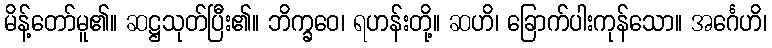
မိန့်တော်မူ၏။ ဆဋ္ဌသုတ်ပြီး၏။ ဘိက္ခဝေ၊ ရဟန်းတို့။ ဆဟိ၊ ခြောက်ပါးကုန်သော။ အင်္ဂေဟိ၊